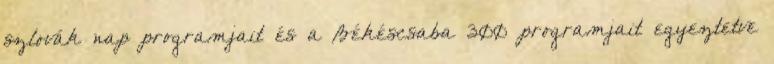
szlovák nap programjait és a Békéscsaba 300 programjait egyeztetve